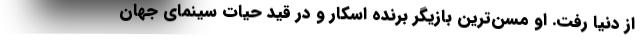
از دنیا رفت. او مسن‌ترین بازیگر برنده اسکار و در قید حیات سینمای جهان